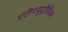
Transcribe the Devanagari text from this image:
एंटीनयूट्रोफिल